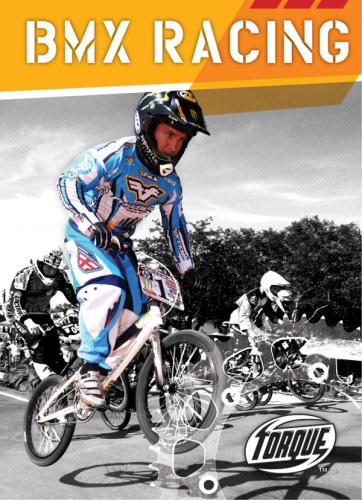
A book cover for BMX Racing (Torque Books: Action Sports); Jack David; Children's Books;